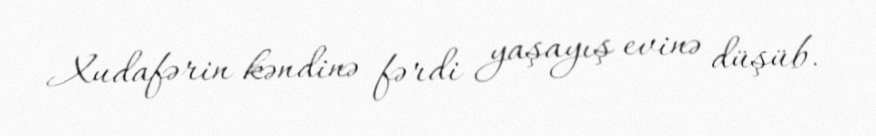
Xudafərin kəndinə fərdi yaşayış evinə düşüb.